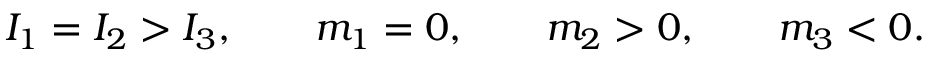
\begin{array} { r } { I _ { 1 } = I _ { 2 } > I _ { 3 } , \qquad m _ { 1 } = 0 , \qquad m _ { 2 } > 0 , \qquad m _ { 3 } < 0 . } \end{array}